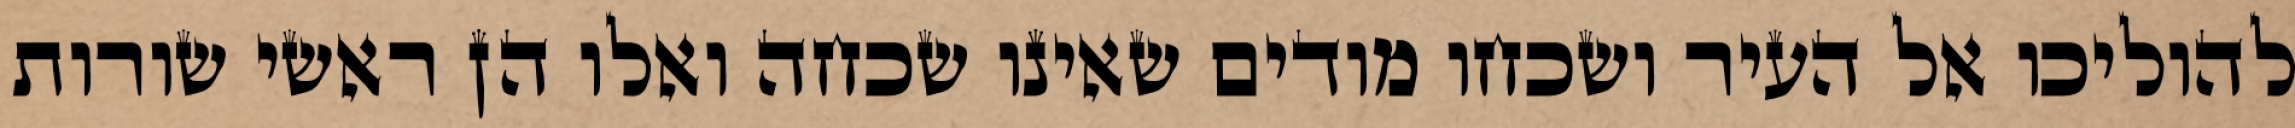
להוליכו אל העיר ושכחו מודים שאינו שכחה ואלו הן ראשי שורות